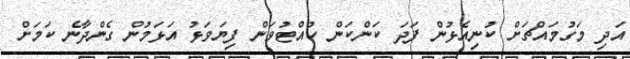
އަދި މަގުމައްޗަށް ކުނިއެޅުން ފަދަ ކަންކަން ހުއްޓުވަން ފިޔަވަޅު އަޅަމުން ގެންދާނެ ކަމަށް